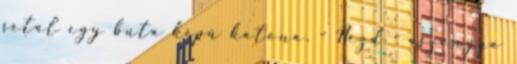
sétál egy buta képű katona. - Nézd - aszongya